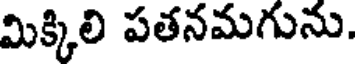
మిక్కిలి పతనమగును.